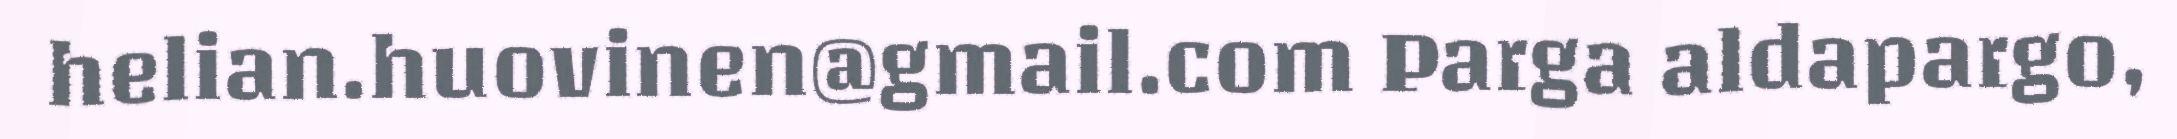
helian.huovinen@gmail.com Parga aldapargo,